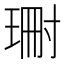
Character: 𭹝